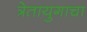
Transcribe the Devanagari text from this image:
त्रेतायुगाचा